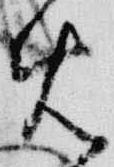
免